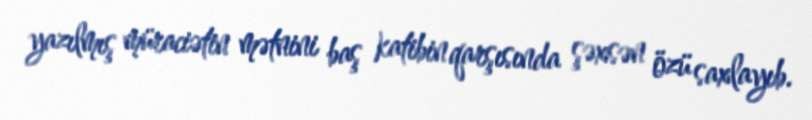
yazılmış müraciətin mətnini baş katibin qarşısında şəxsən özü saxlayıb.